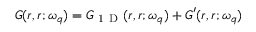
\boldsymbol { G } ( \boldsymbol { r } , \boldsymbol { r } ; \omega _ { q } ) = \boldsymbol { G } _ { \mathrm { ~ 1 ~ D ~ } } ( \boldsymbol { r } , \boldsymbol { r } ; \omega _ { q } ) + \boldsymbol { G } ^ { \prime } ( \boldsymbol { r } , \boldsymbol { r } ; \omega _ { q } )